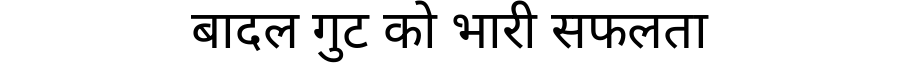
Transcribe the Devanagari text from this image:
बादल गुट को भारी सफलता